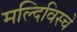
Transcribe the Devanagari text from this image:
मल्दिविस्चे